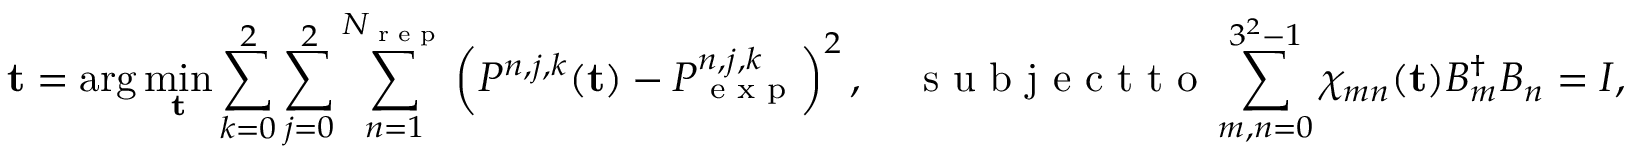
{ \mathbf t } = \arg \operatorname* { m i n } _ { { \mathbf t } } \sum _ { k = 0 } ^ { 2 } \sum _ { j = 0 } ^ { 2 } \sum _ { n = 1 } ^ { N _ { \textrm { r e p } } } \left( P ^ { n , j , k } ( { \mathbf t } ) - P _ { \textrm { e x p } } ^ { n , j , k } \right) ^ { 2 } , \quad \textrm { s u b j e c t t o } \sum _ { m , n = 0 } ^ { 3 ^ { 2 } - 1 } \chi _ { m n } ( { \mathbf t } ) B _ { m } ^ { \dagger } B _ { n } = I ,